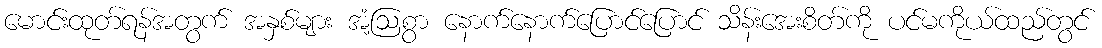
မောင်းထုတ်ရန်အတွက် အနှစ်များ အံ့ဩစွာ နောက်နောက်ပြောင်ပြောင် သိန်းအေးစိတ်ကို ပင်မကိုယ်ထည်တွင်